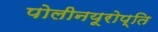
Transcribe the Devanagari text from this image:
पोलीनयूरोप्ति